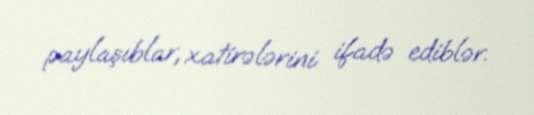
paylaşıblar, xatirələrini ifadə ediblər.